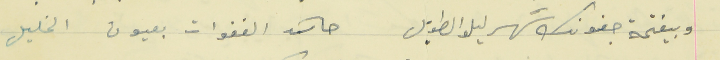
وبيفتحة جفونك سَهر ليلو الطويل                                        حاسَد الغفوات بعيون الخليل